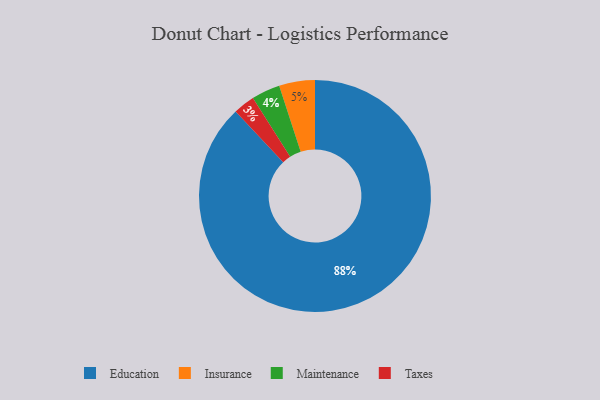
{"axis": {"x": "Category", "y": "Percentage"}, "legend": ["Education", "Insurance", "Maintenance", "Taxes"], "data": [{"x": "Education", "y": 88, "type": "Education"}, {"x": "Maintenance", "y": 4, "type": "Maintenance"}, {"x": "Taxes", "y": 3, "type": "Taxes"}, {"x": "Insurance", "y": 5, "type": "Insurance"}]}